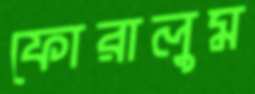
ফোরালুম